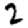
Digit: 2